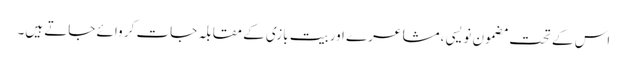
اس کے تحت مضمون نویسی ،مشاعرے اوربیت بازی کے مقابلہ جات کر وائے جاتے ہیں۔